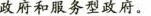
政府和服务型政府。